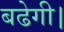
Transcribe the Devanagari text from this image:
बढेगी।